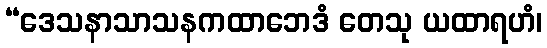
“ဒေသနာသာသနကထာဘေဒံ တေသု ယထာရဟံ၊